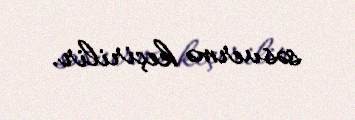
səsvermə keçirilir.